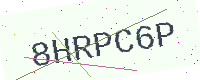
Text: 8HRPC6P